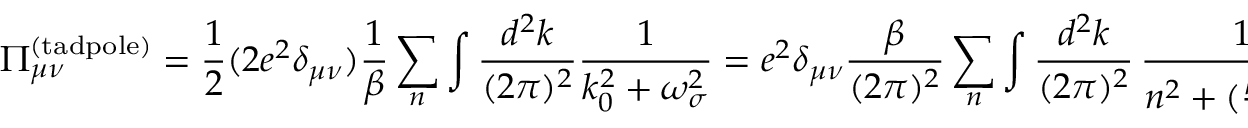
\Pi _ { \mu \nu } ^ { ( \mathrm { t a d p o l e } ) } = \frac { 1 } { 2 } ( 2 e ^ { 2 } \delta _ { \mu \nu } ) \frac { 1 } { \beta } \sum _ { n } \int \frac { d ^ { 2 } k } { ( 2 \pi ) ^ { 2 } } \frac { 1 } { k _ { 0 } ^ { 2 } + \omega _ { \sigma } ^ { 2 } } = e ^ { 2 } \delta _ { \mu \nu } \frac { \beta } { ( 2 \pi ) ^ { 2 } } \sum _ { n } \int \frac { d ^ { 2 } k } { ( 2 \pi ) ^ { 2 } } \, \frac { 1 } { n ^ { 2 } + ( \frac { \beta \omega _ { \sigma } } { 2 \pi } ) ^ { 2 } } ,